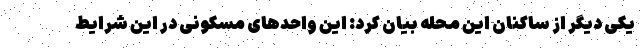
یکی دیگر از ساکنان این محله بیان کرد: این واحدهای مسکونی در این شرایط